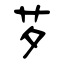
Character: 芕